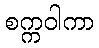
စက္ကဝါကာ